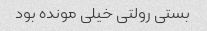
بستی رولتی خیلی مونده بود